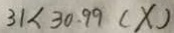
3 1 < 3 0 . 9 9 ( X )